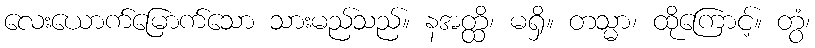
လေးယောက်မြောက်သော သားမည်သည်။ နအတ္ထိ၊ မရှိ။ တသ္မာ၊ ထိုကြောင့်။ တွံ၊